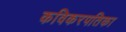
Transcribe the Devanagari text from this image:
कविकरपतिका